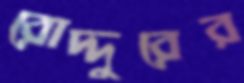
রোদ্দুরের